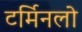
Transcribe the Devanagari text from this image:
टर्मिनलो